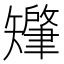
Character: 𬑷